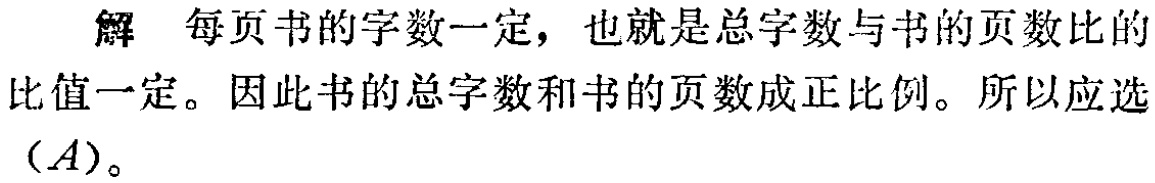
解 每页书的字数一定，也就是总字数与书的页数比的比值一定。因此书的总字数和书的页数成正比例。所以应选$(A)$。